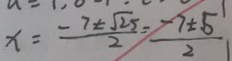
x = \frac { - 7 \pm \sqrt { 2 5 } } { 2 } = \frac { - 7 \pm 5 } { 2 }